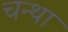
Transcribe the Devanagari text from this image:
चन्था